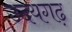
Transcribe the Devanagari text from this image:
उदयगढ़